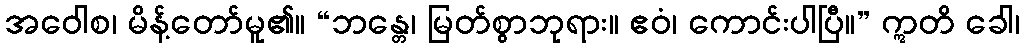
အဝေါစ၊ မိန့်တော်မူ၏။ “ဘန္တေ၊ မြတ်စွာဘုရား။ ဧဝံ၊ ကောင်းပါပြီ။” ဣတိ ခေါ၊